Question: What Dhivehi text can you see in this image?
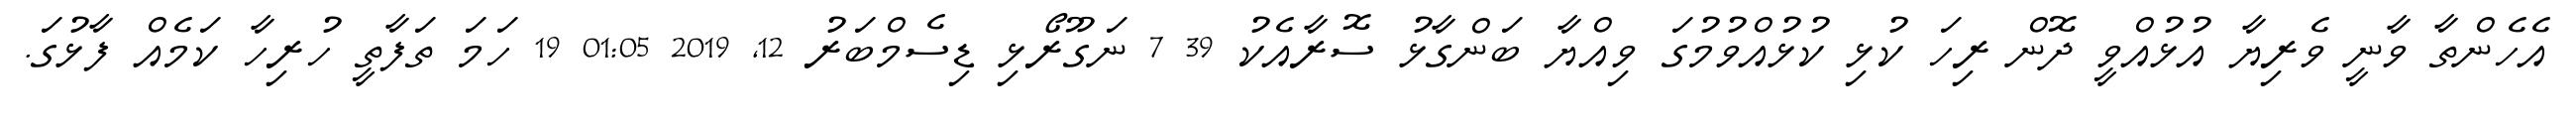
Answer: އެހެންތާ ވާނީ ވެރިޔާ އުޅުއްވީ ދޮން ރިހަ ކުޅި ކުޅުއްވުމުގަ ވިއްޔާ ބަންގާޅު ސޮރާއެކު 39 7 ނަގޫރޯޅި ޑިސެމްބަރު 12, 2019 01:05 19 ހަމަ ތަފާތީ ހުރިހާ ކަމެއް ފާޅުގަ.